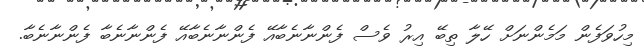
މިހުވަފެން މަމެންނަށް ހޭލާ ތިބޭ އިރު ވެސް ފެންނާނެބާއޭ ފެންނާނެބާއޭ ފެންނާނެބާ ފެންނާނެބާ.